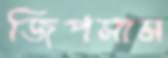
জিপসাম